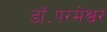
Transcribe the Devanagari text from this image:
डॉ॰परमेश्वर